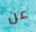
عن